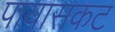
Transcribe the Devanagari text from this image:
पायासकट